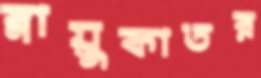
স্নায়ুকাতর